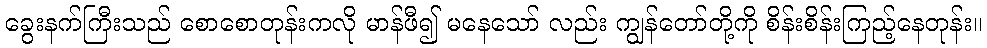
ခွေးနက်ကြီးသည် စောစောတုန်းကလို မာန်ဖီ၍ မနေသော် လည်း ကျွန်တော်တို့ကို စိန်းစိန်းကြည့်နေတုန်း။